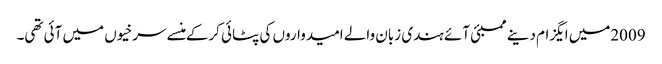
2009میں ایگزام دینے ممبئی آئے ہندی زبان والے امیدواروں کی پٹائی کرکے منسے سرخیوں میں آئی تھی۔